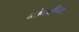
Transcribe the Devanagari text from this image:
भोकरीच्या